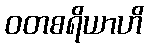
ဝတစရိယာဟိ